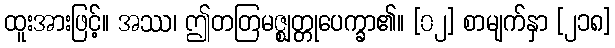
ထူးအားဖြင့်။ အဿ၊ ဤတတြမဇ္ဈတ္တုပေက္ခာ၏။ [၀၂] စာမျက်နှာ [၂၁၈]